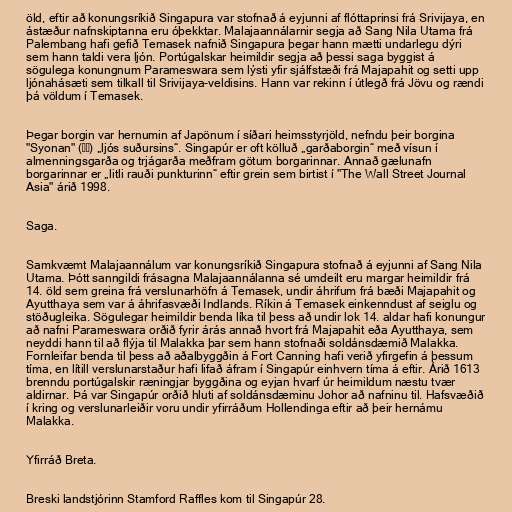
öld, eftir að konungsríkið Singapura var stofnað á eyjunni af flóttaprinsi frá Srivijaya, en
ástæður nafnskiptanna eru óþekktar. Malajaannálarnir segja að Sang Nila Utama frá
Palembang hafi gefið Temasek nafnið Singapura þegar hann mætti undarlegu dýri
sem hann taldi vera ljón. Portúgalskar heimildir segja að þessi saga byggist á
sögulega konungnum Parameswara sem lýsti yfir sjálfstæði frá Majapahit og setti upp
ljónahásæti sem tilkall til Srivijaya-veldisins. Hann var rekinn í útlegð frá Jövu og rændi
þá völdum í Temasek.

Þegar borgin var hernumin af Japönum í síðari heimsstyrjöld, nefndu þeir borgina
"Syonan" (昭南) „ljós suðursins“. Singapúr er oft kölluð „garðaborgin“ með vísun í
almenningsgarða og trjágarða meðfram götum borgarinnar. Annað gælunafn
borgarinnar er „litli rauði punkturinn“ eftir grein sem birtist í "The Wall Street Journal
Asia" árið 1998.

Saga.

Samkvæmt Malajaannálum var konungsríkið Singapura stofnað á eyjunni af Sang Nila
Utama. Þótt sanngildi frásagna Malajaannálanna sé umdeilt eru margar heimildir frá
14. öld sem greina frá verslunarhöfn á Temasek, undir áhrifum frá bæði Majapahit og
Ayutthaya sem var á áhrifasvæði Indlands. Ríkin á Temasek einkenndust af seiglu og
stöðugleika. Sögulegar heimildir benda líka til þess að undir lok 14. aldar hafi konungur
að nafni Parameswara orðið fyrir árás annað hvort frá Majapahit eða Ayutthaya, sem
neyddi hann til að flýja til Malakka þar sem hann stofnaði soldánsdæmið Malakka.
Fornleifar benda til þess að aðalbyggðin á Fort Canning hafi verið yfirgefin á þessum
tíma, en lítill verslunarstaður hafi lifað áfram í Singapúr einhvern tíma á eftir. Árið 1613
brenndu portúgalskir ræningjar byggðina og eyjan hvarf úr heimildum næstu tvær
aldirnar. Þá var Singapúr orðið hluti af soldánsdæminu Johor að nafninu til. Hafsvæðið
í kring og verslunarleiðir voru undir yfirráðum Hollendinga eftir að þeir hernámu
Malakka.

Yfirráð Breta.

Breski landstjórinn Stamford Raffles kom til Singapúr 28.